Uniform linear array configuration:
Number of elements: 12
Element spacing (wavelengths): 0.25
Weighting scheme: uniform
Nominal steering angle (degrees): -60
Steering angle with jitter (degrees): -60.117
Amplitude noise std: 0.05
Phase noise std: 0.05

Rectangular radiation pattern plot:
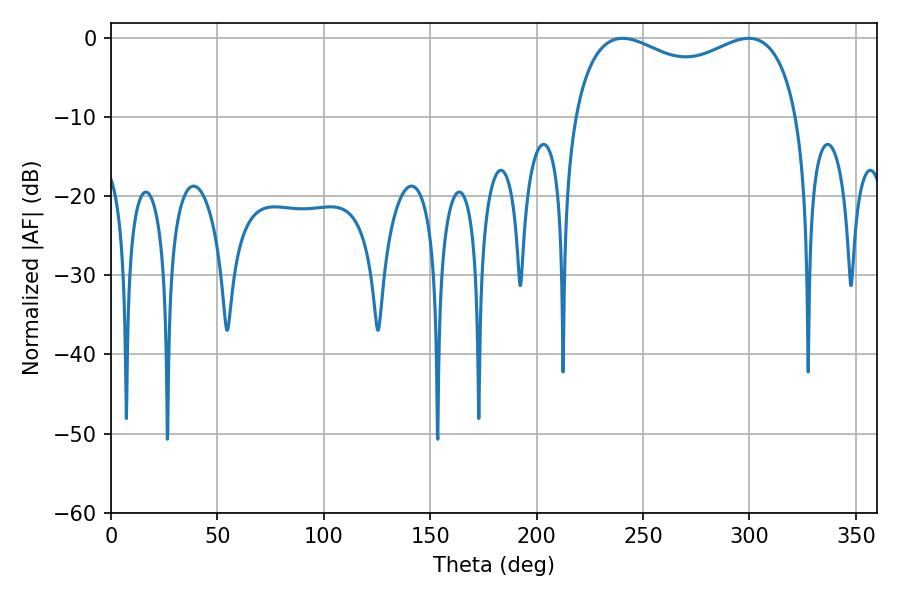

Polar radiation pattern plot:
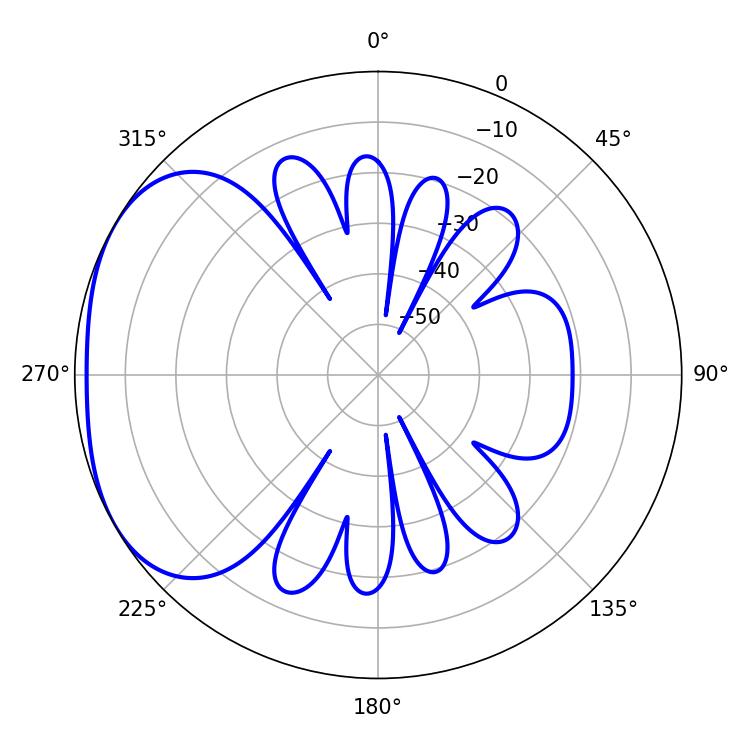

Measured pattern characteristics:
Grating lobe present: FALSE
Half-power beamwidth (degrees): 87.48
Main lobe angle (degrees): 240.3